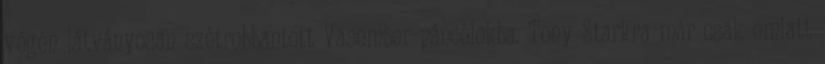
végén látványosan szétrobbantott Vasember-páncélokba. Tony Starkra már csak emiatt